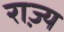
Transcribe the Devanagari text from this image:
रा़ज्य